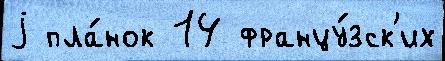
j пла́нок 14 францу́зск'их